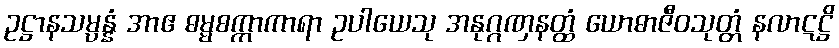
ဥဋ္ဌာနသမ္ပန္နံ အာဧ ဓမ္မစက္ကာကာရာ ဥပါယေသု အနုဂ္ဂဏှနတ္ထံ ယောဓာဇီဝသုတ္တံ နလာဋဋ္ဌိ